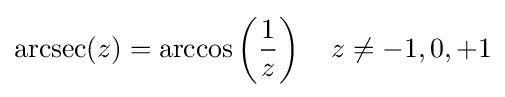
\operatorname {arcsec} (z)=\arccos \left({\frac {1}{z}}\right)\quad z\neq -1,0,+1